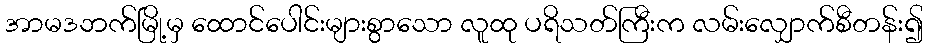
အာမဒဘက်မြို့မှ ထောင်ပေါင်းများစွာသော လူထု ပရိသတ်ကြီးက လမ်းလျှောက်စီတန်း၍